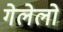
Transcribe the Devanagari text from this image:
गेलेलो